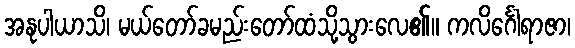
အနုပါယာသိ၊ မယ်တော်ခမည်းတော်ထံသို့သွားလေ၏။ ကလိင်္ဂေါရာဇာ၊